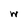
Character: W